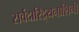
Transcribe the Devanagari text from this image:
सर्वदारिद्र्यनाशिनी